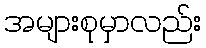
အများစုမှာလည်း